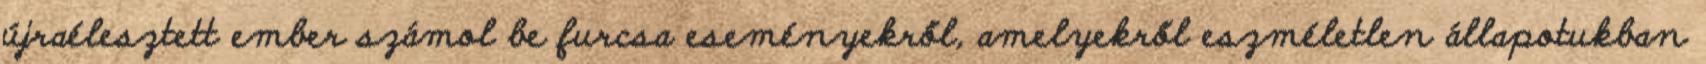
újraélesztett ember számol be furcsa eseményekről, amelyekről eszméletlen állapotukban